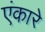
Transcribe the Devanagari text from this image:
एंकारे